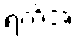
ရက်အ